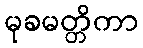
မုခမတ္တိကာ